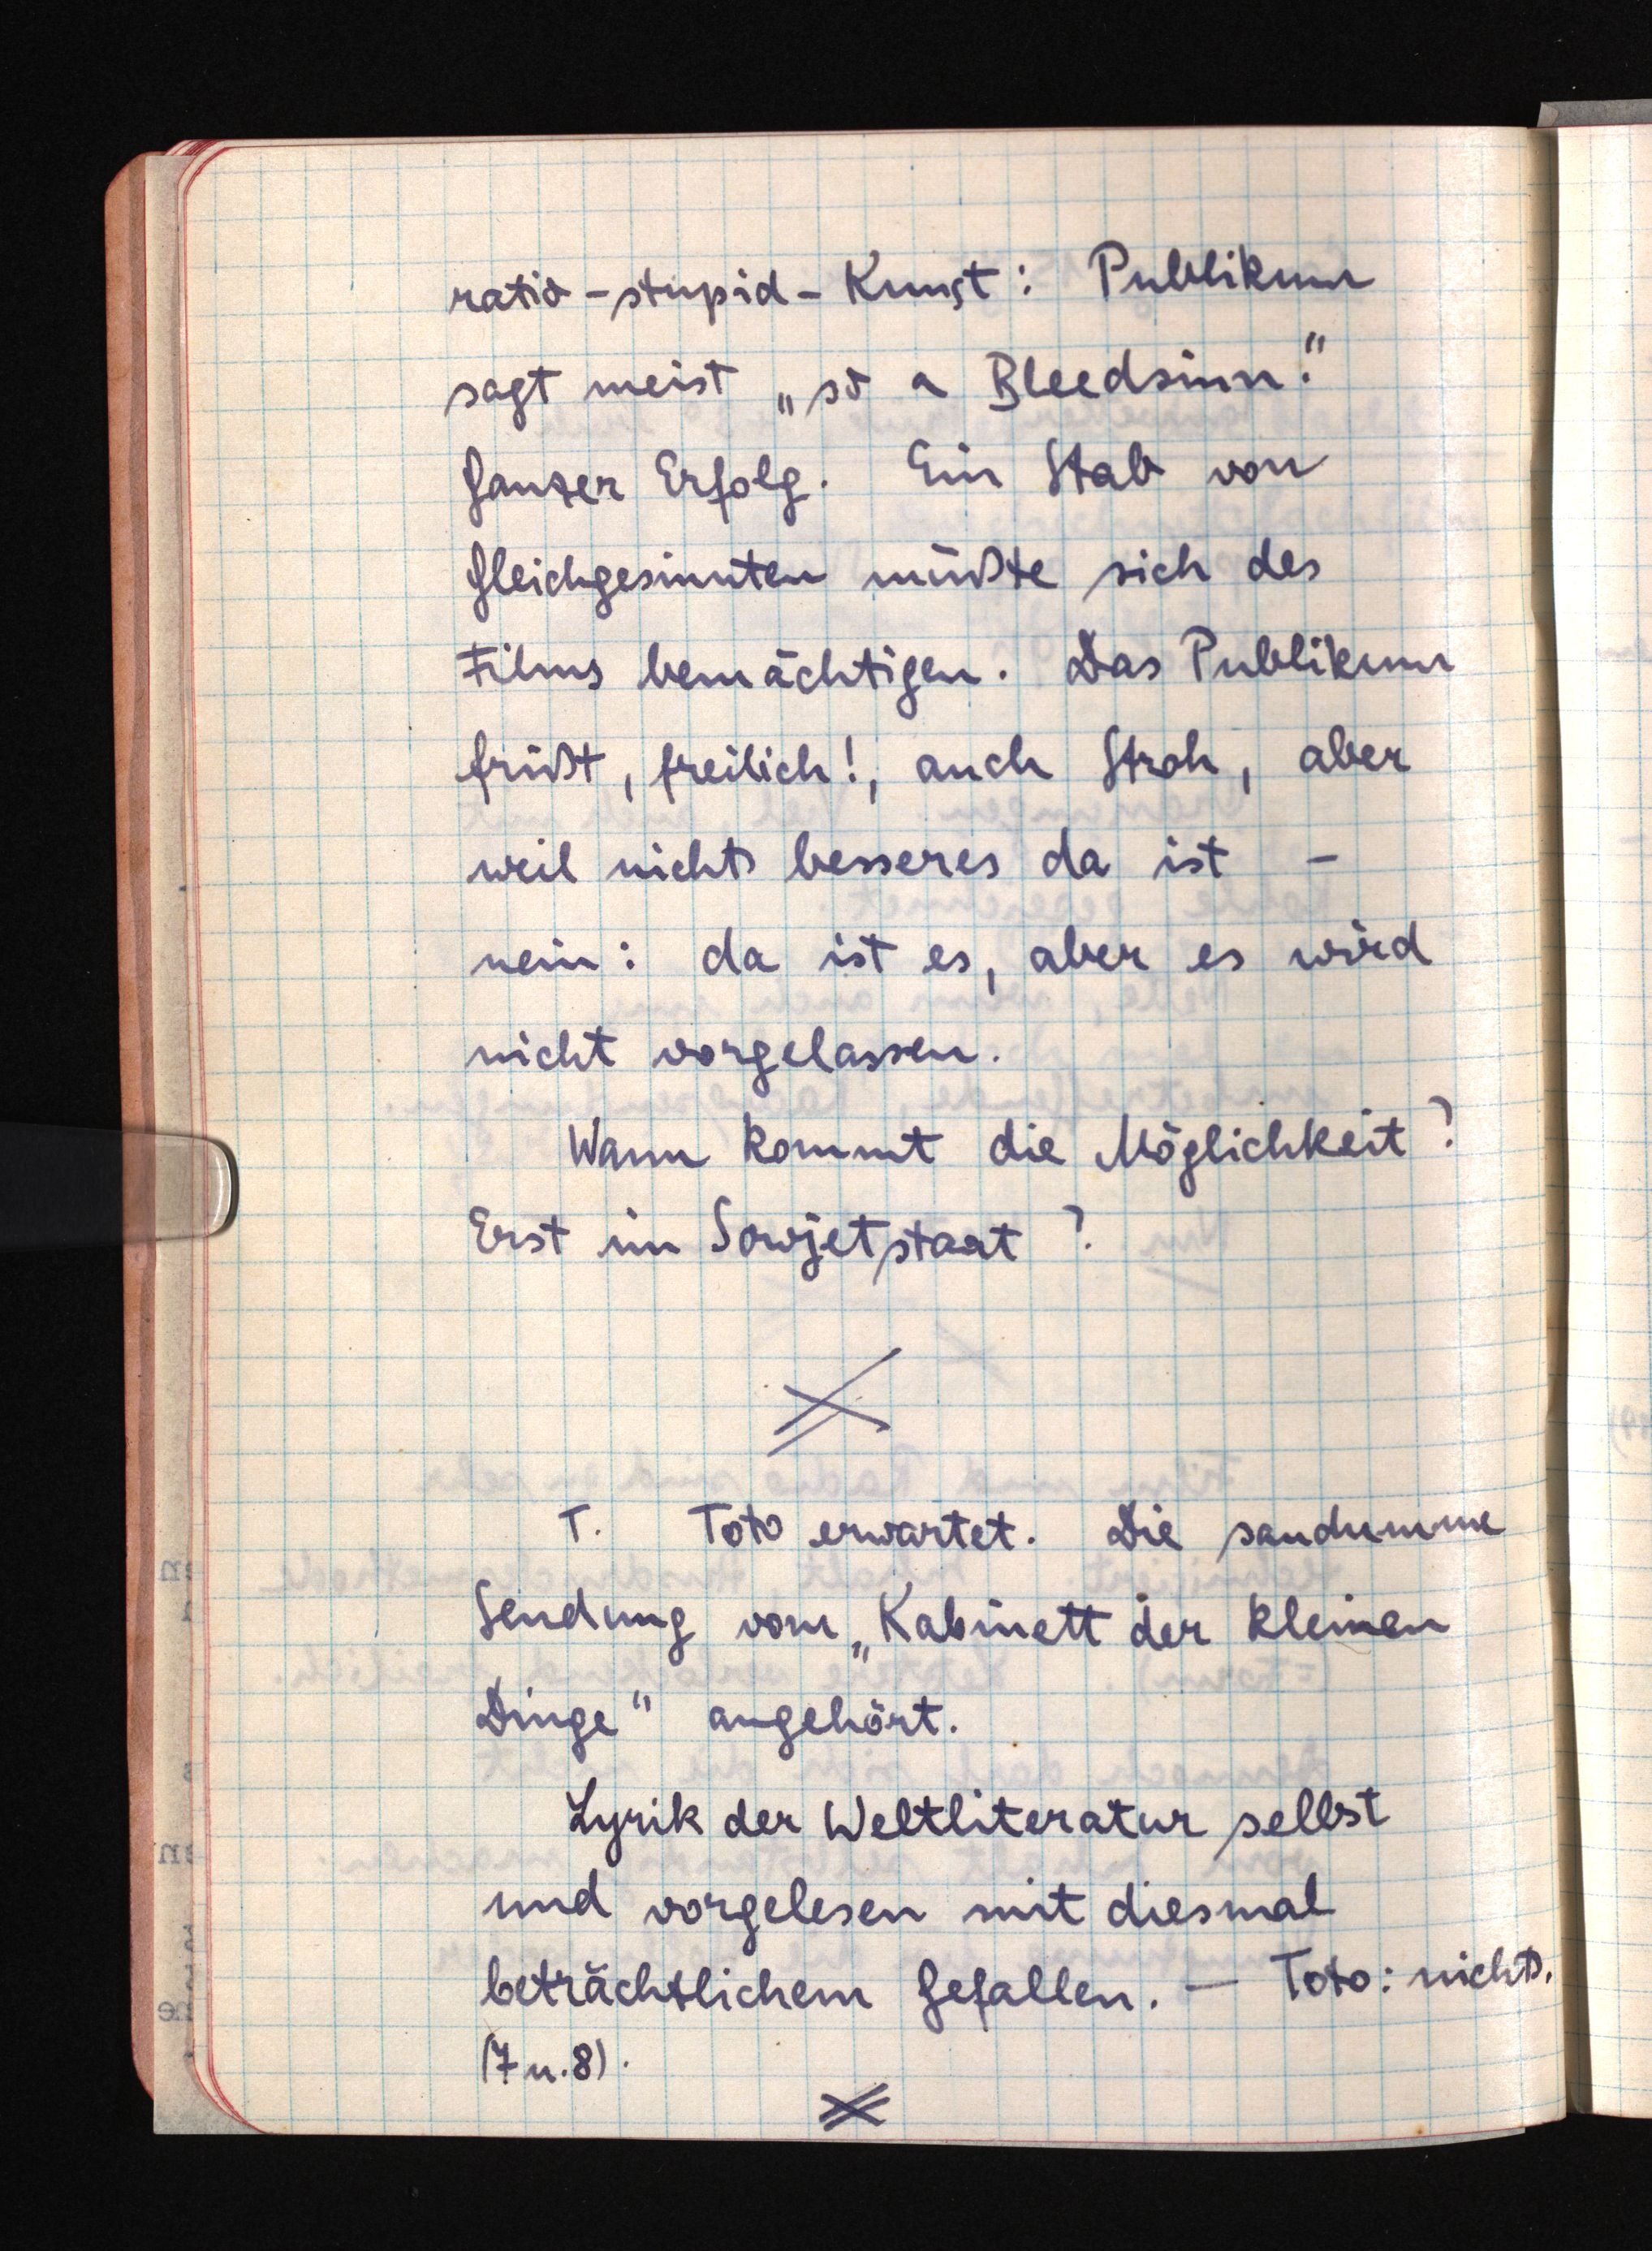
ratio-stupid-Kunst: Publikum
sagt meist "so a Bleedsinn".
Ganzer Erfolg. Ein Stab von
Gleichgesinnten müßte sich des
Films bemächtigen. Das Publikum
frißt, freilich!, auch Stroh, aber
weil nichts besseres da ist -
nein: da ist es, aber es wird
nicht vorgelassen.
Wann kommt die Möglichkeit?
Erst im Sowjetstaat?
T.Toto erwartet. Die saudumme
Sendung vom "Kabinett der kleinen
Dinge" angehört.
Lyrik der Weltliteratur selbst
und vorgelesen mit diesmal
beträchtlichem Gefallen. - Toto: nichts.
(7 u. 8).